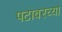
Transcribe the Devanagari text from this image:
पटावरच्या